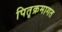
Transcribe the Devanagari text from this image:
पितृक्रमागत